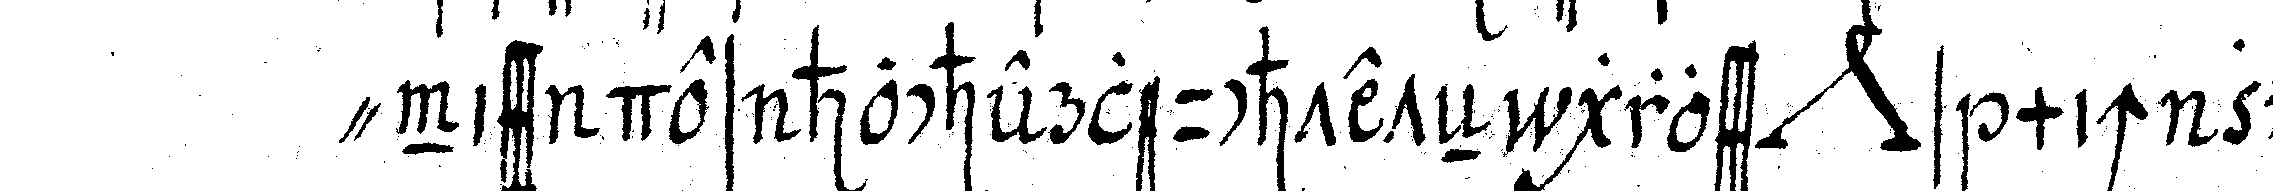
" niss des hocherleuchteteN gross *nee* s mich zu